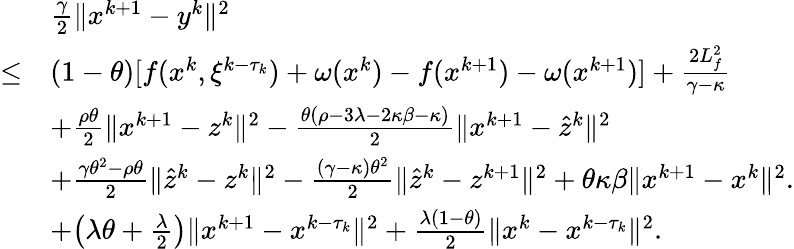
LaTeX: \begin{array}{rl}&{\frac{\gamma}{2}\| x^{k+1}-y^{k}\| ^{2}}\\ {\leq}&{(1-\theta)[f(x^{k},\xi^{k-\tau_{k}})+\omega(x^{k})-f(x^{k+1})-\omega(x^{k+1})]+\frac{2L_{f}^{2}}{\gamma-\kappa}}\\ &{+\frac{\rho\theta}{2}\| x^{k+1}-z^{k}\| ^{2}-\frac{\theta(\rho-3\lambda-2\kappa\beta-\kappa)}{2}\| x^{k+1}-\hat{z}^{k}\| ^{2}}\\ &{+\frac{\gamma\theta^{2}-\rho\theta}{2}\| \hat{z}^{k}-z^{k}\| ^{2}-\frac{(\gamma-\kappa)\theta^{2}}{2}\| \hat{z}^{k}-z^{k+1}\| ^{2}+\theta\kappa\beta\| x^{k+1}-x^{k}\| ^{2}.}\\ &{+\big(\lambda\theta+\frac{\lambda}{2}\big)\| x^{k+1}-x^{k-\tau_{k}}\| ^{2}+\frac{\lambda(1-\theta)}{2}\| x^{k}-x^{k-\tau_{k}}\| ^{2}.}\end{array}